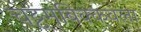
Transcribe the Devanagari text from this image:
चट्टमबिक्कवला